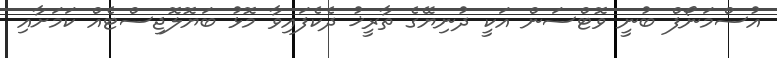
އުސްމަނޯފް ބުނީ ވޮޓްސަން އަކީ ދުނިޔޭގެ ތާރީޚު ދެކެފައިވާ މޮޅު ބަޔޮލޮޖިސްޓެއް ކަމަށާއި